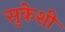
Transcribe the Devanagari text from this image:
सुकेशी